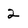
Character: 2